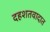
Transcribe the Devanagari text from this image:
दहशतवादात